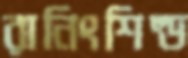
রানিংশিল্ড